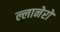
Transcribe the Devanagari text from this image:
ल्लानेरो